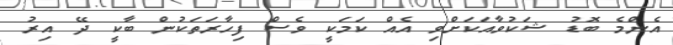
އެންމެ ބޮޑު ޝަކުވާއަކަށްވި އެއް ކަމަކީ ވެސް ފިހާރަތަކުން ބާކީ ދޭ އިރު